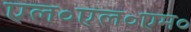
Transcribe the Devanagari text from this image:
एल॰एल॰एम॰